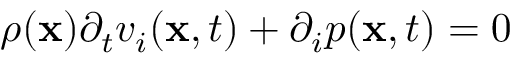
\rho ( { \bf x } ) { \partial _ { t } } v _ { i } ( { \bf x } , t ) + { \partial _ { i } } p ( { \bf x } , t ) = 0